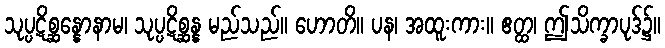
သုပ္ပဋိစ္ဆန္နောနာမ၊ သုပ္ပဋိစ္ဆန္န မည်သည်။ ဟောတိ။ ပန၊ အထူးကား။ ဧတ္ထ၊ ဤသိက္ခာပုဒ်၌။